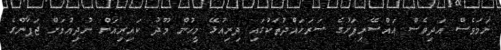
ނަމަވެސް އަދިވެސް އައްސޭރިފަށުގެ ސަރަހައްދުތަކުގައި ދިރިއުޅޭ މީހުން މޫދު ކައިރިއަށް ނުދިއުމަށް ޖަޕާންގެ